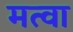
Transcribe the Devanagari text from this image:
मत्वा